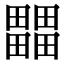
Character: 𤳳